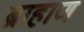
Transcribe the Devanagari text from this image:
ब्राहाण